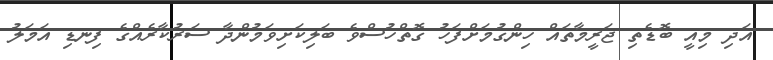
އަދި މިއީ ބޮޑެތި ޖަރީމާތައް ހިންގުމަށްފަހު ގޮތްހުސްވެ ބަލިކަށިވަމުންދާ ސަރުކާރެއްގެ ފިނޑި އަމަލު